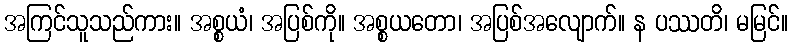
အကြင်သူသည်ကား။ အစ္စယံ၊ အပြစ်ကို။ အစ္စယတော၊ အပြစ်အလျောက်။ န ပဿတိ၊ မမြင်။